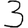
Digit: 3